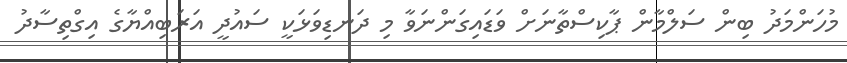
މުހަންމަދު ބިން ސަލްމާން ޕާކިސްތާނަށް ވަޑައިގަންނަވާ މި ދަނޑިވަޅަކީ ސައުދީ އަރަބިއްޔާގެ އިގްތިސާދު